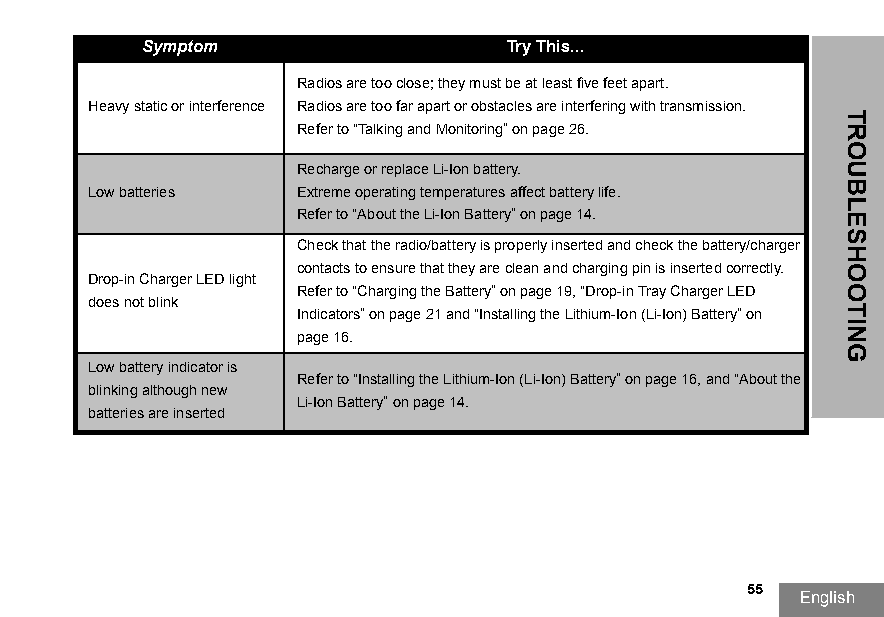
Symptom                 Try This...
 Radios are too close; they must be at least five feet apart.
 Heavy static or interference Radios are too far apart or obstacles are interfering with transmission.
 Refer to “Talking and Monitoring” on page26.
 Recharge or replace Li-Ion battery.
 Low batteries Extreme operating temperatures affect battery life.
 Refer to “About the Li-Ion Battery” on page14.
 Check that the radio/battery is properly inserted and check the battery/charger
 contacts to ensure that they are clean and charging pin is inserted correctly.
 Drop-in Charger LED light
 Refer to “Charging the Battery” on page19, “Drop-in Tray Charger LED
 does not blink
 Indicators” on page21 and “Installing the Lithium-Ion (Li-Ion) Battery” on
 page16.
 Low battery indicator is
 Refer to “Installing the Lithium-Ion (Li-Ion) Battery” on page16, and “About the
 blinking although new
 Li-Ion Battery” on page14.
 batteries are inserted
 55
 English
 TROUBLESHOOTING